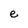
Character: e